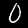
Label: 0